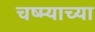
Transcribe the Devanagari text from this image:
चष्म्याच्या